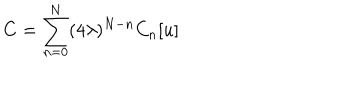
C = \sum _ { n = 0 } ^ { N } ( 4 \lambda ) ^ { N - n } C _ { n } [ u ]